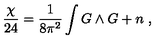
{ \frac { \chi } { 2 4 } } = { \frac { 1 } { 8 \pi ^ { 2 } } } \int G \wedge G + n \ ,